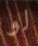
لو